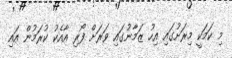
މި ކަމަކީ މިރަށުގައި އިހު ޒަމާނުގައި ވަރަށް ފޯރި އާއެކު ކުރަމުން އައި